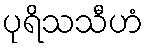
ပုရိသသီဟံ